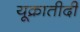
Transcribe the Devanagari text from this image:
यूक्रातीदी